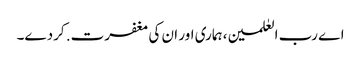
اے رب العٰلمین، ہماری اور ان کی مغفرت. کردے۔